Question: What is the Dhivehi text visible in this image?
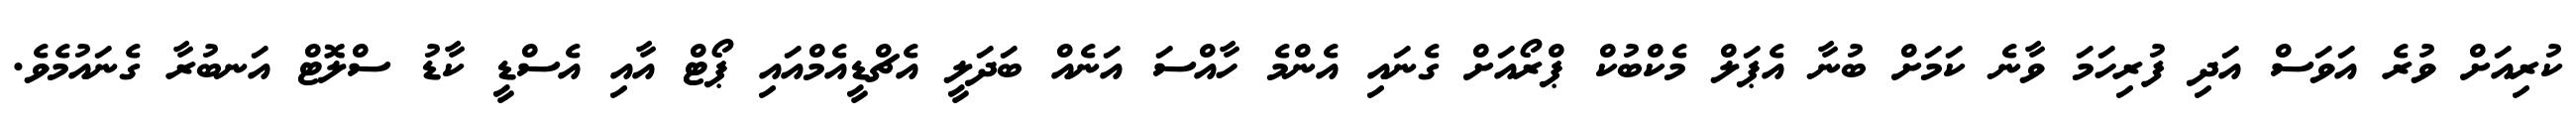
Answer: ކުރިއަށް ވުރެ އަވަސް އަދި ފުރިހަމަ ވާނެ ކަމަށް ބުނާ އެޕަލް މެކްބުކް ޕްރޯއަށް ގެނައި އެންމެ ހާއްސަ އަނެއް ބަދަލީ އެޗްޑީއެމްއައި ޕޯޓް އާއި އެސްޑީ ކާޑު ސްލޮޓް އަނބުރާ ގެނައުމެވެ.